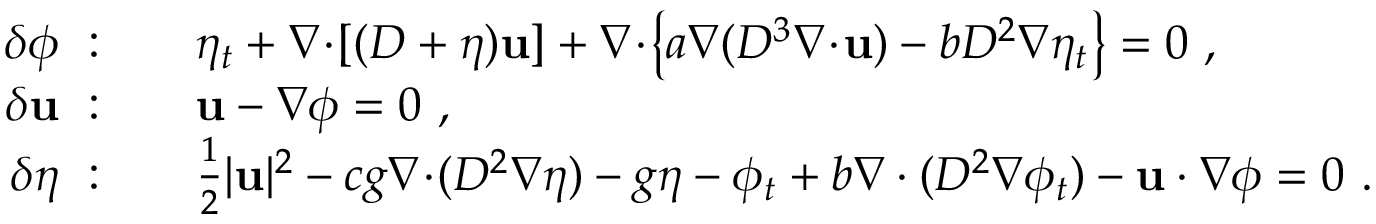
\begin{array} { r l } { \delta \phi ~ : } & { \quad \eta _ { t } + \nabla \! \cdot \! [ ( D + \eta ) \mathbf { u } ] + \nabla \! \cdot \! \left\{ a \nabla ( D ^ { 3 } \nabla \! \cdot \! \mathbf { u } ) - b D ^ { 2 } \nabla \eta _ { t } \right\} = 0 \ , } \\ { \delta \mathbf { u } ~ : } & { \quad \mathbf { u } - \nabla \phi = 0 \ , } \\ { \delta \eta ~ : } & { \quad \frac { 1 } { 2 } | \mathbf { u } | ^ { 2 } - c g \nabla \! \cdot \! ( D ^ { 2 } \nabla \eta ) - g \eta - \phi _ { t } + b \nabla \cdot ( D ^ { 2 } \nabla \phi _ { t } ) - \mathbf { u } \cdot \nabla \phi = 0 \ . } \end{array}